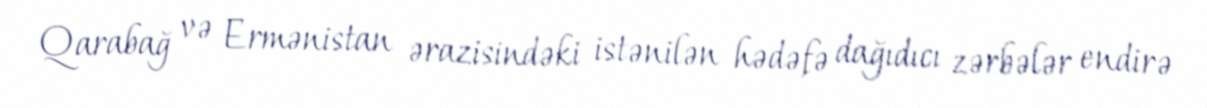
Qarabağ və Ermənistan ərazisindəki istənilən hədəfə dağıdıcı zərbələr endirə